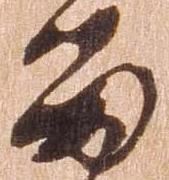
留